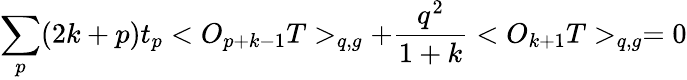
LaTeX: \sum_{p}(2k+p)t_{p}<O_{p+k-1}T>_{q,g}+\frac{q^{2}}{1+k}<O_{k+1}T>_{q,g}=0